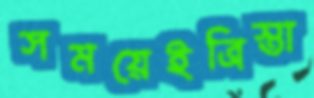
সময়েইত্রিস্তা